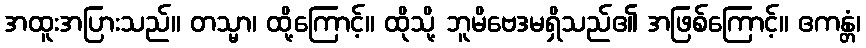
အထူးအပြားသည်။ တသ္မာ၊ ထို့ကြောင့်။ ထိုသို့ ဘူမိဗေဒမရှိသည်၏ အဖြစ်ကြောင့်။ ဧကန္တံ၊